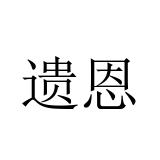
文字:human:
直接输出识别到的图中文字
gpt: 遗恩